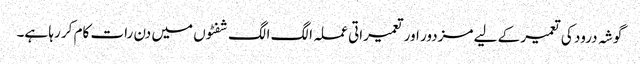
گوشہ درود کی تعمیر کے لیے مزدور اور تعمیراتی عملہ الگ الگ شفٹوں میں دن رات کام کر رہا ہے۔